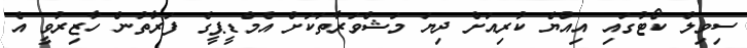
ސިވިލް ކޯޓުގައި އިއްޔެ ކުރިއަށް ދިޔަ މަޝްވަރާތަކަށް އެމްޑީޕީގެ ފަރާތުން ހާޒިރުވީ އެ